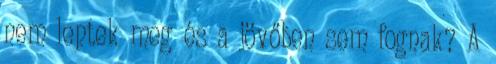
nem leptek meg és a jövőben sem fognak? A